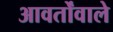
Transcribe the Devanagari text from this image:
आवर्तोंवाले